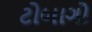
ટોબાગો